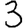
Digit: 3